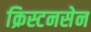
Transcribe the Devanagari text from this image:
क्रिस्टनसेन